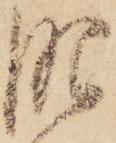
肥